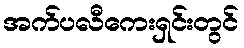
အက်ပလီကေးရှင်းတွင်